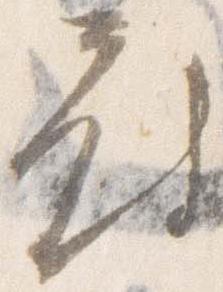
府